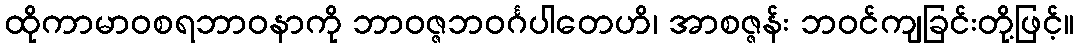
ထိုကာမာဝစရဘာဝနာကို ဘာဝဇ္ဇဘဝင်္ဂပါတေဟိ၊ အာစဇ္ဇန်း ဘဝင်ကျခြင်းတို့ဖြင့်။